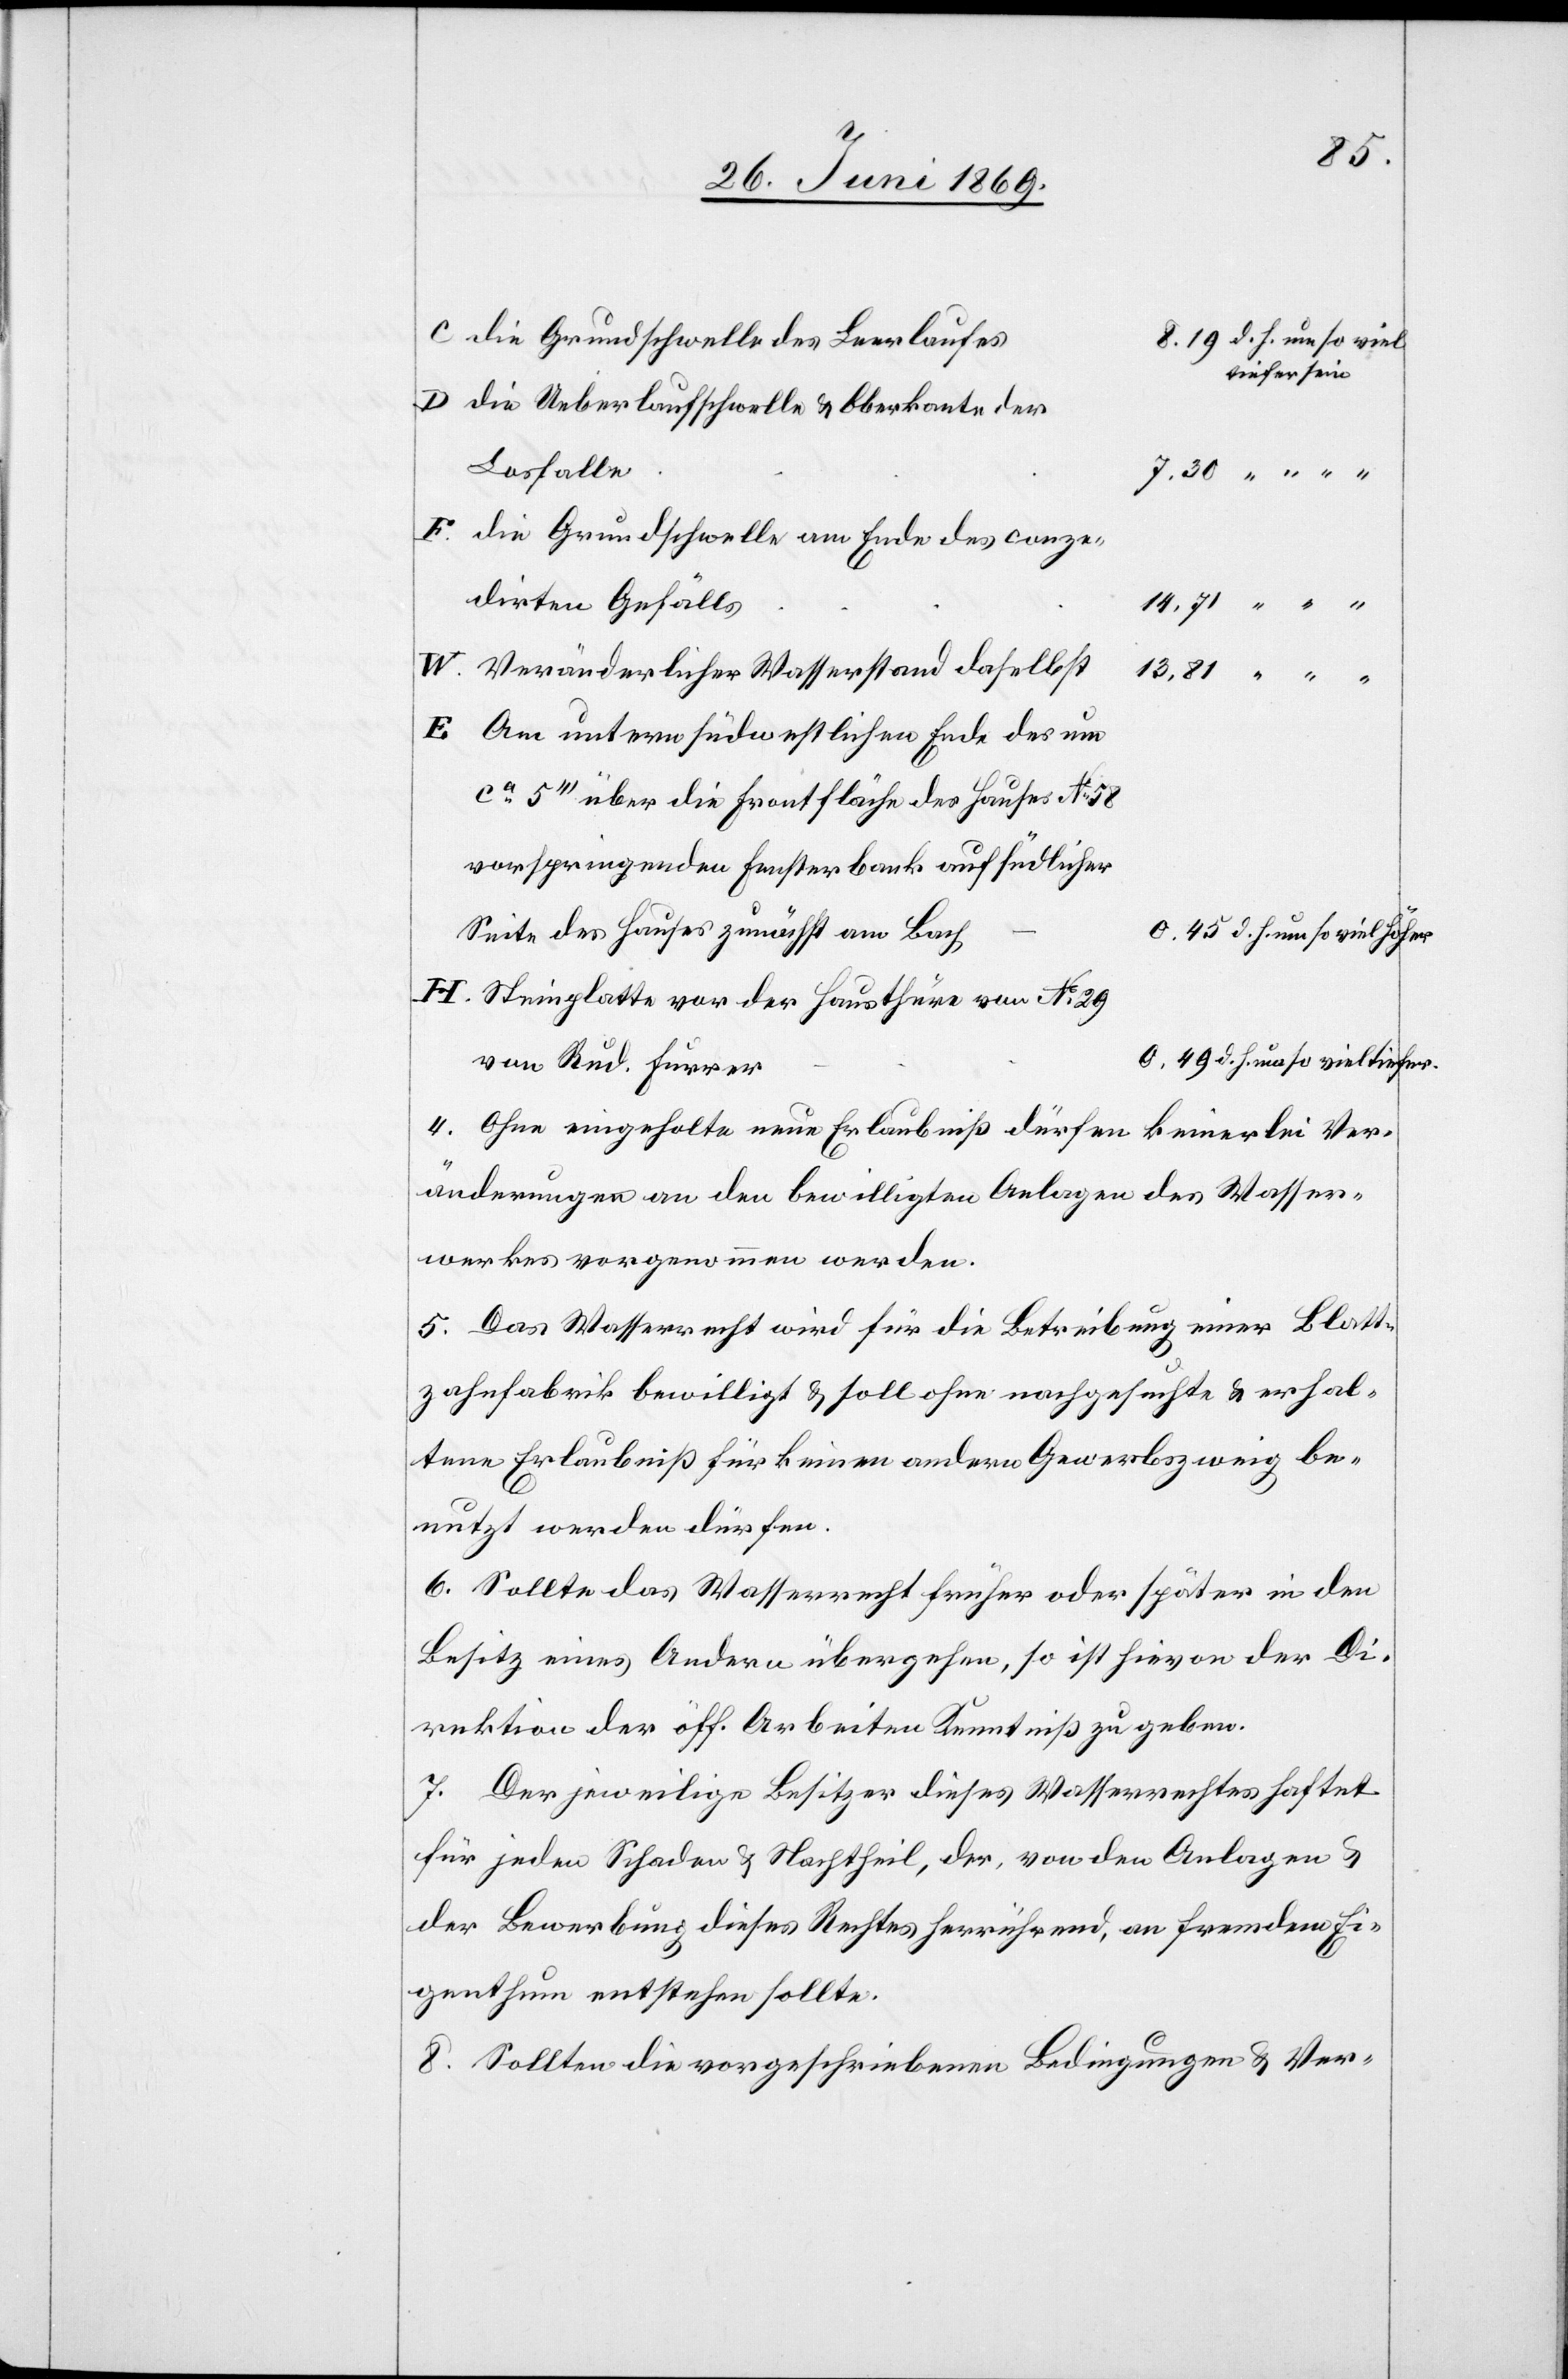
C. die Grundschwelle des Leerlaufes
d. h. um so viel
tiefer sein.
D. die Ueberlaufschwelle u. Oberkante der
Losfalle
F. die Grundschwelle am Ende des conze¬
dirten Gefälls
W. Veränderlicher Wasserstand daselbst
E. Am untern südwestlichen Ende des um
ca 5’’’ über die Frontfläche des Hauses N° 58
vorspringenden Fensterbank auf südlicher
Seite des Hauses zunächst am Bach
d. h. um soviel höher.
H. Steinplatte vor der Hausthüre von N° 29
d. h.um so viel tiefer.
von Rud. Furrer
4. Ohne eingeholte neue Erlaubniß dürfen keinerlei Ver¬
änderungen an den bewilligten Anlagen des Wasser¬
werkes vorgenommen werden.
5. Das Wasserrecht wird für die Betreibung einer Blatt¬
zahnfabrik bewilligt u. soll ohne nachgesuchte u. erhal¬
tene Erlaubniß für keinen andern Gewerbszweig be¬
nutzt werden dürfen.
6. Sollte das Wasserrecht früher oder später in den
Besitz eines Andern übergehen, so ist hievon der Di¬
rektion der öff. Arbeiten Kenntniß zu geben.
7. Der jeweilige Besitzer dieses Wasserrechtes haftet
für jeden Schaden u. Nachtheil, der, von den Anlagen u.
der Bewerbung dieses Rechtes herrührend, an fremdem Ei¬
genthum entstehen soll.
8. Sollten die vorgeschriebenen Bedingungen u. Ver-